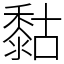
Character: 𪏻